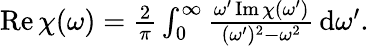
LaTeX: \begin{array}{r}{\operatorname{Re}\chi(\omega)=\frac{2}{\pi}\int_{0}^{\infty}\frac{\omega^{\prime}\operatorname{Im}\chi(\omega^{\prime})}{(\omega^{\prime})^{2}-\omega^{2}}\, \mathrm{d}\omega^{\prime}.}\end{array}